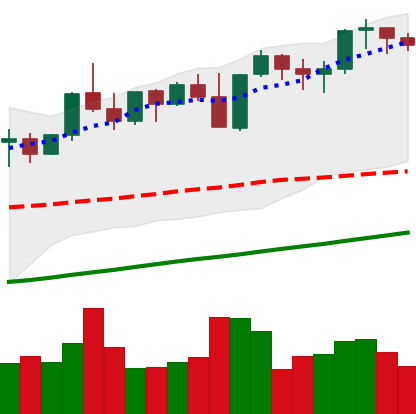
Ticker: ETH-USD
Chart end date: 2021-11-05
Forward return: 3.342%
Label: up_3_5